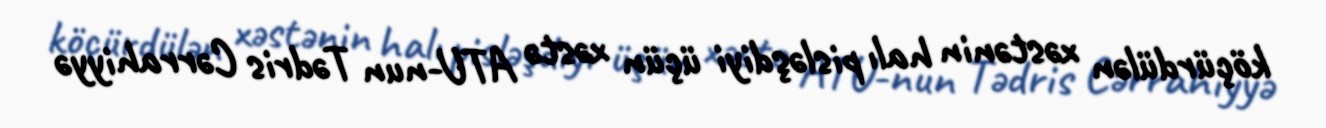
köçürdülən xəstənin halı pisləşdiyi üçün xəstə ATU-nun Tədris Cərrahiyyə